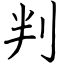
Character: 判